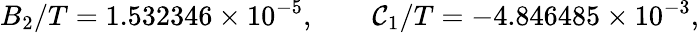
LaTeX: B_{2}/T=1.532346\times10^{-5},\qquad\mathcal{C}_{1}/T=-4.846485\times10^{-3},